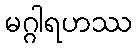
မဂ္ဂါရဟဿ